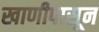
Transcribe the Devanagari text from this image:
खाणीपासून